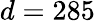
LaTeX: d=285